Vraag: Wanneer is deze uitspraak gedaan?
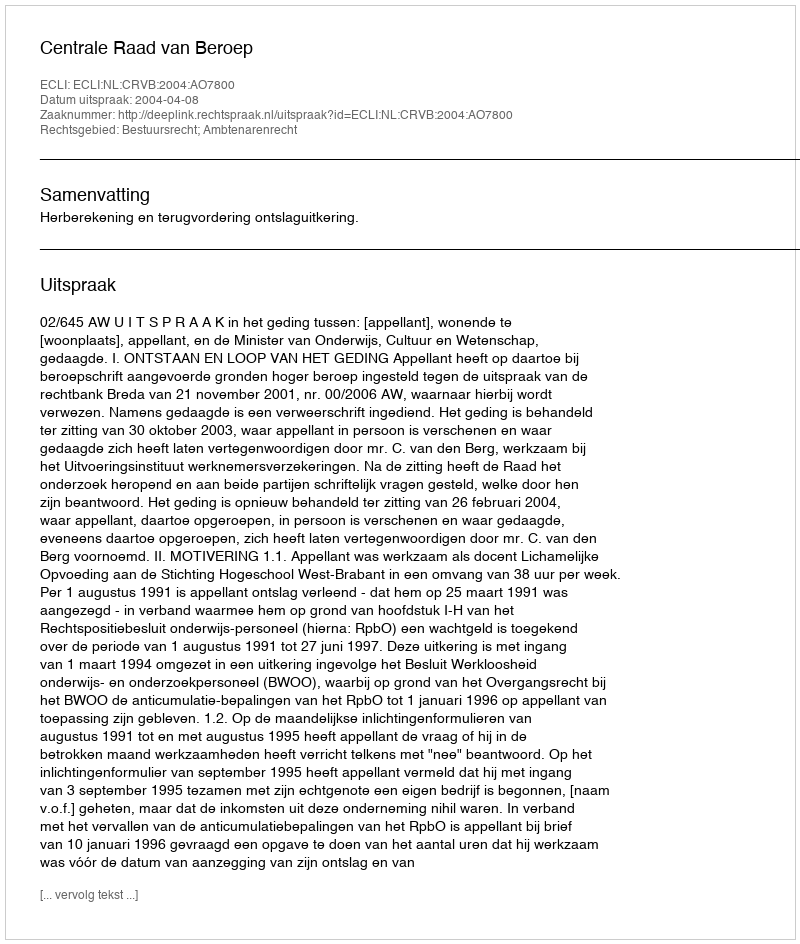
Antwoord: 2004-04-08